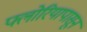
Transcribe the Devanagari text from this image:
फ्लोरियापासून